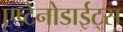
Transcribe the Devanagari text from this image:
एप्टेनोडाईट्स